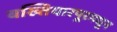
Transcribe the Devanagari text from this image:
बख्तियारपूरमधून